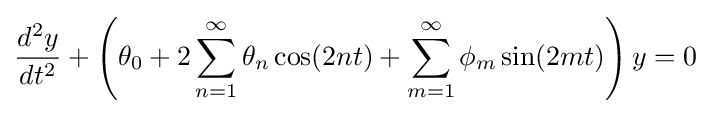
{\frac {d^{2}y}{dt^{2}}}+\left(\theta _{0}+2\sum _{n=1}^{\infty }\theta _{n}\cos(2nt)+\sum _{m=1}^{\infty }\phi _{m}\sin(2mt)\right)y=0